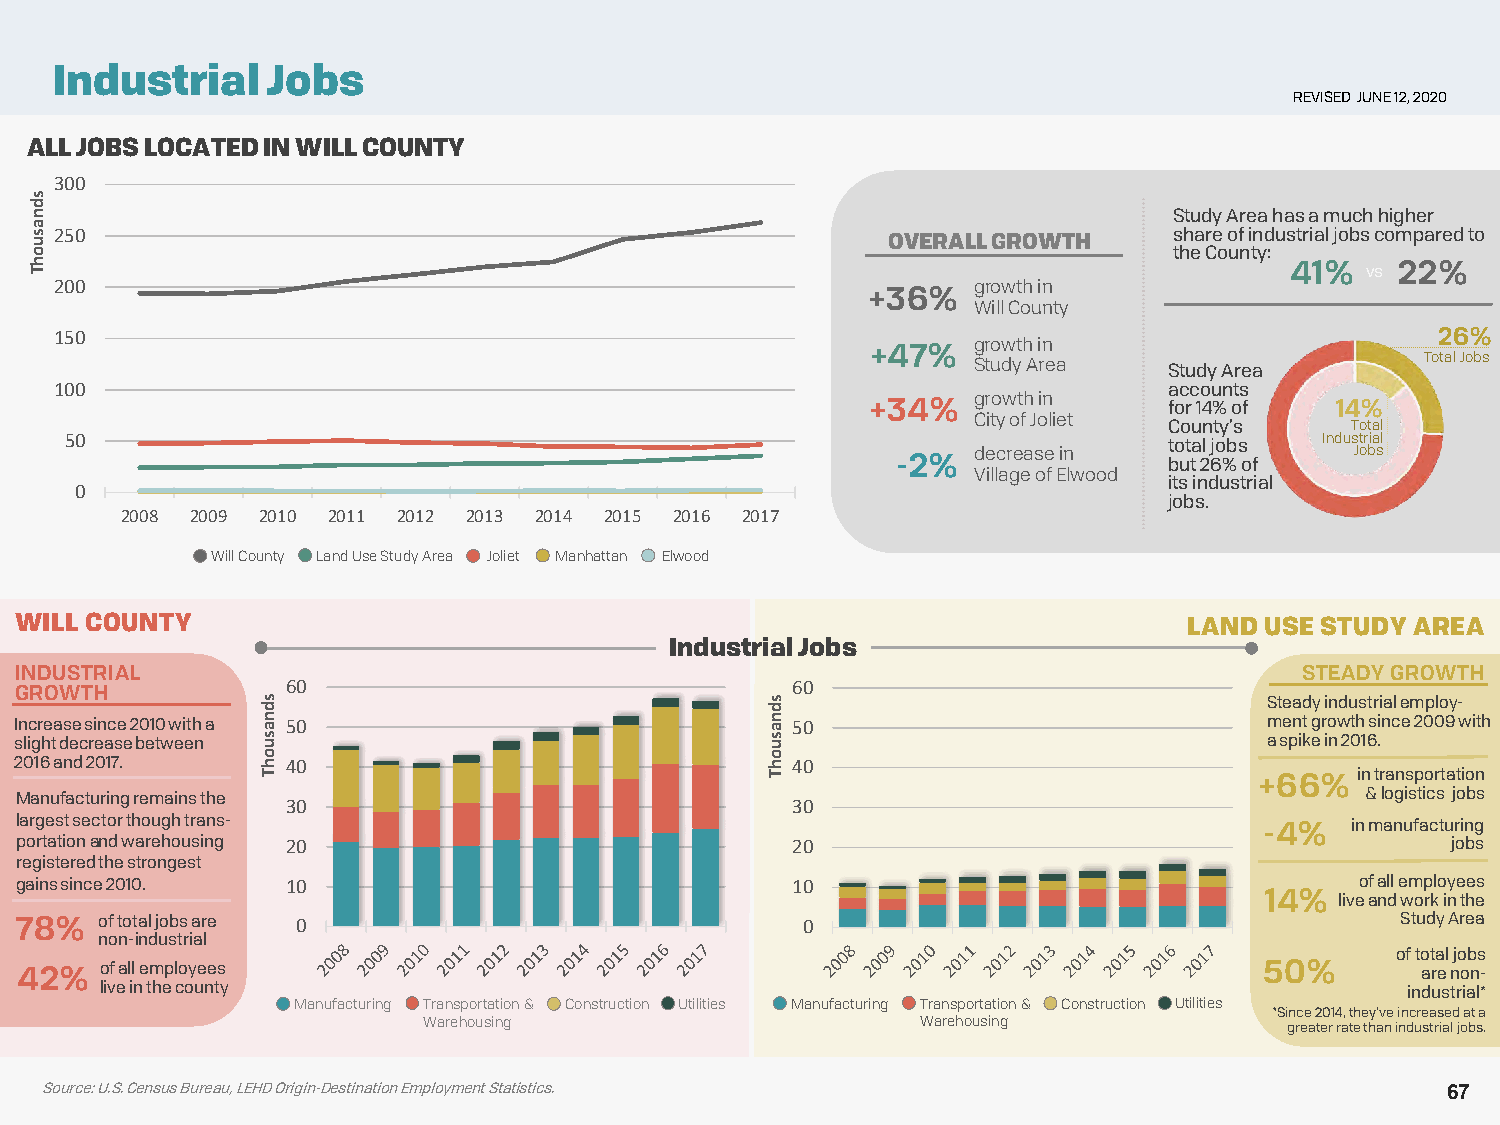
Industrial     Jobs
 REVISED JUNE 12, 2020
 ALL JOBS LOCATED IN WILL COUNTY
 300
 Study Area has a much higher
 250                                                                       share of industrial jobs compared to
 OVERALL GROWTH
 the County:
 41%  vs 22%
 200                                                         growth in
 +36%
 Will County
 150                                                         growth in                      26%
 +47%
 Study Area   Study Area       Total Jobs
 100                                                                      accounts
 growth in
 +34%               for 14% of 14%
 City of Joliet
 County’s    Total
 50                                                                       total jobs Industrial
 decrease in              Jobs
 -2%               but 26% of
 Village of Elwood
 its industrial
 0
 jobs.
 2008 2009 2010 2011 2012 2013 2014 2015 2016 2017
 Will County Land Use Study Area Joliet Manhattan Elwood
 WILL COUNTY                                                                   LAND USE STUDY AREA
 Industrial Jobs
 INDUSTRIAL                                                                           STEADY GROWTH
 60                               60
 GROWTH
 Steady industrial employ-
 Increase since 2010 with a 50                      50                              mentgrowth since 2009 with
 slight decrease between                                                            a spike in 2016.
 2016 and 2017.    40                               40
 +66%   in transportation
 Manufacturing remains the                                                                &logistics jobs
 30                               30
 largest sector though trans-                                                       -4%  in manufacturing
 portationand warehousing 20                        20                                          jobs
 registered the strongest
 gains since 2010. 10                               10                                    of all employees
 14%  live and work in the
 78%   of total jobs are 0                           0                                       Study Area
 non-industrial
 of total jobs
 42%   of all employees                                                             50%       are non-
 live in the county                                                                    industrial*
 Manufacturing Transportation & Construction Utilities Manufacturing Transportation & Construction Utilities
 *Since 2014, they’ve increased at a
 Warehousing                      Warehousing             greater rate than industrial jobs.
 Source: U.S. Census Bureau, LEHD Origin-Destination Employment Statistics.                   67
 sdnasuohT
 sdnasuohT                         sdnasuohT